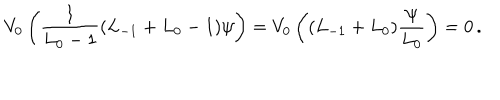
LaTeX: V _ { 0 } \left( { \frac { 1 } { L _ { 0 } - 1 } } ( L _ { - 1 } + L _ { 0 } - 1 ) \psi \right) = V _ { 0 } \left( ( L _ { - 1 } + L _ { 0 } ) { \frac { \psi } { L _ { 0 } } } \right) = 0 \, .